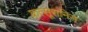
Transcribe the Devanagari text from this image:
कत्सूरानिस